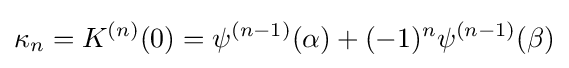
\kappa _{n}=K^{(n)}(0)=\psi ^{(n-1)}(\alpha )+(-1)^{n}\psi ^{(n-1)}(\beta )